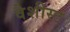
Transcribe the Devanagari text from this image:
वैशीस्ट